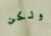
ولكن